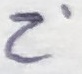
Text: Z'